Annual report of the Punjab Veterinary College and of the Civil Veterinary Department, Punjab - 1920-1925
Year: 1920
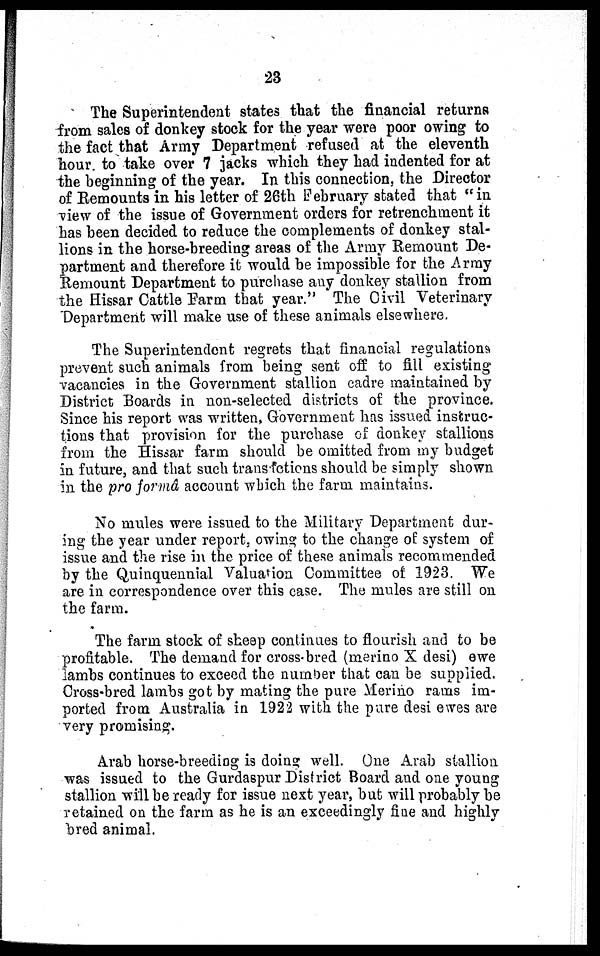
23
The Superintendent states that the financial returns
from sales of donkey stock for the year were poor owing to
the fact that Army Department refused at the eleventh
hour to take over 7 jacks which they had indented for at
the beginning of the year. In this connection, the Director
of Remounts in his letter of 26th February stated that "in
view of the issue of Government orders for retrenchment it
has been decided to reduce the complements of donkey stal-
lions in the horse-breeding areas of the Army Remount De-
partment and therefore it would be impossible for the Array
Remount Department to purchase any donkey stallion from
the Hissar Cattle Farm that year." The Civil Veterinary
Department will make use of these animals elsewhere.
The Superintendent regrets that financial regulations
prevent such animals from being sent off to fill existing
vacancies in the Government stallion cadre maintained by
District Boards in non-selected districts of the province.
Since his report was written, Government has issued instruc-
tions that provision for the purchase of donkey stallions
from the Hissar farm should be omitted from my budget
in future, and that such transactions should be simply shown
in the pro formâ account which the farm maintains.
No mules were issued to the Military Department dur-
ing the year under report, owing to the change of system of
issue and the rise in the price of these animals recommended
by the Quinquennial Valuation Committee of 1923. We
are in correspondence over this case. The mules are still on
the farm.
The farm stock of sheep continues to flourish and to be
profitable. The demand for cross-bred (merino X desi) ewe
lambs continues to exceed the number that can be supplied.
Cross-bred lambs got by mating the pure Merino rams im-
ported from Australia in 1922 with the pure desi ewes are
very promising.
Arab horse-breeding is doing well. One Arab stallion
was issued to the Gurdaspur District Board and one young
stallion will be ready for issue next year, but will probably be
retained on the farm as he is an exceedingly fine and highly
bred animal.